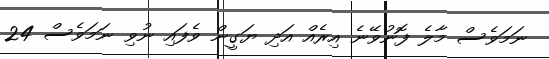
ނަމަވެސް މާލެ ފޮނުވޭނެ އިރެއް އަދި ޔަގީން ވެފައި ނުވި ނަމަވެސް 24